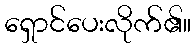
ရှောင်ပေးလိုက်၏။